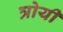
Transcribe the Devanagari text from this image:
त्रोयी